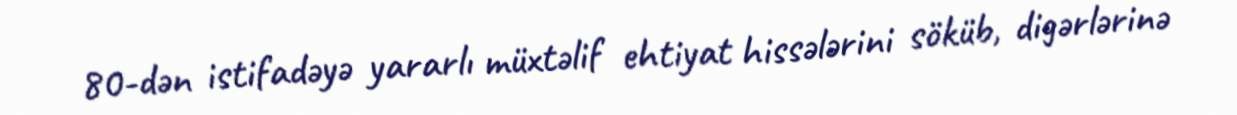
80-dən istifadəyə yararlı müxtəlif ehtiyat hissələrini söküb, digərlərinə